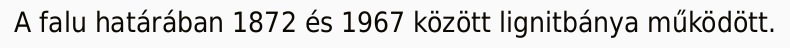
A falu határában 1872 és 1967 között lignitbánya működött.